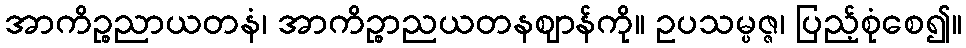
အာကိဉ္စညာယတနံ၊ အာကိဉ္စာညယတနဈာန်ကို။ ဥပသမ္ပဇ္ဇ၊ ပြည့်စုံစေ၍။